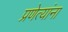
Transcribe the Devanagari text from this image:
प्रणेत्यांना